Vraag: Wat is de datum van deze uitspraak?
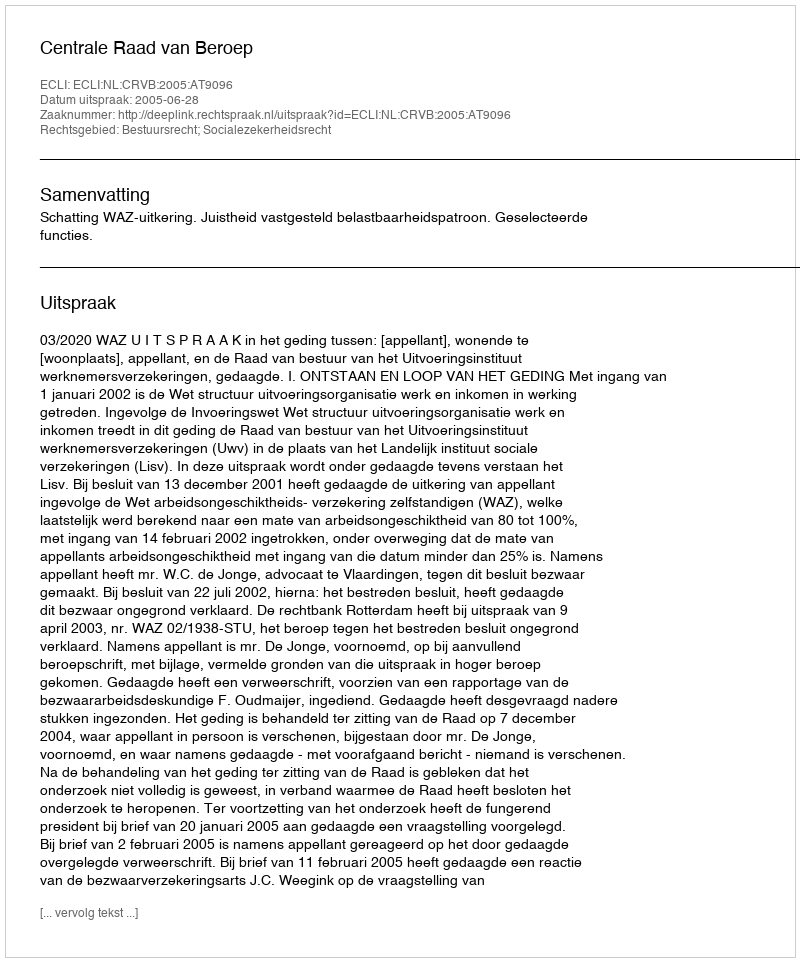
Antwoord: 2005-06-28